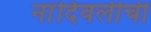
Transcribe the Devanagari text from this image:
नांदिवलीची